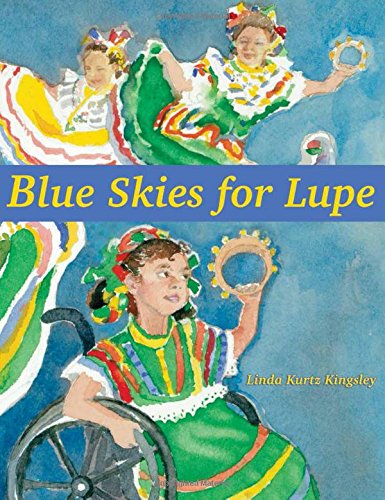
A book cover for Blue Skies for Lupe; Linda Kurtz Kingsley; Children's Books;